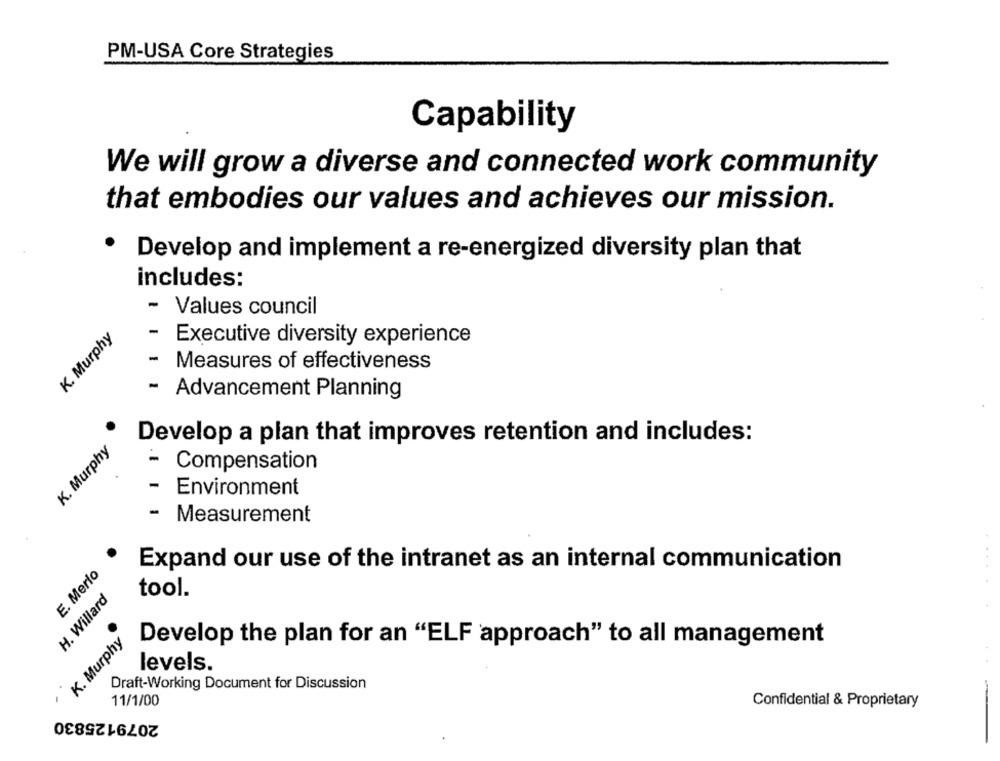
PM-USA Core Strategies
Capability
We will grow a diverse and connected work community
that embodies our values and achieves our mission.
.
Develop and implement a re-energized diversity plan that
includes:
- Values council
K. Murphy
- Executive diversity experience
Measures of effectiveness
- Advancement Planning
Develop a plan that improves retention and includes:
K. Murphy
- Compensation
- Environment
- Measurement
E. Merio
Expand our use of the intranet as an internal communication
tool.
H. Willard
K. Murphy
Develop the plan for an "ELF approach" to all management
levels.
Draft-Working Document for Discussion
11/1/00
Confidential & Proprietary
2079125830